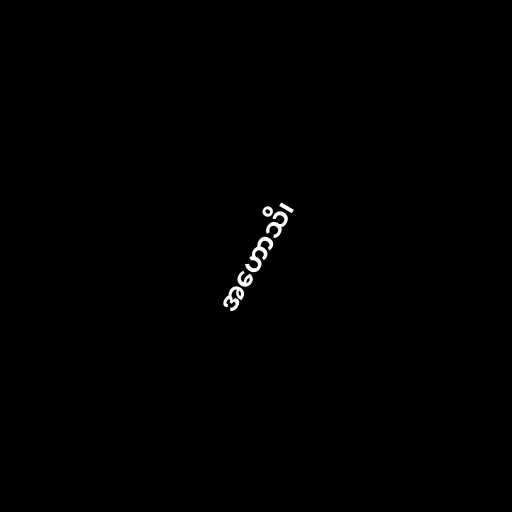
အဟောသိ၊